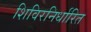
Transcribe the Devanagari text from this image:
शिविरनिर्धारित